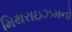
મિથરાઇઝમનો